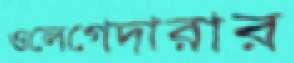
ওলেগেদারার